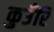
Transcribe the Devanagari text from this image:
कुउँरि